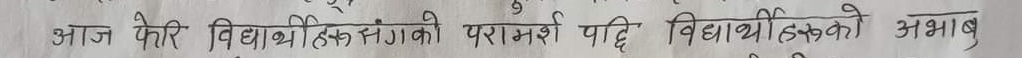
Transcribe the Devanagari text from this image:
आज फेरि विद्यार्थीहरुसंगको परामर्श पछि विद्यार्थीहरूको अभाव